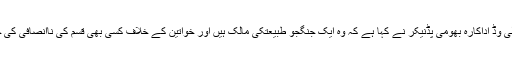
17 اپریل2018ء) بالی وڈ اداکارہ بھومی پڈنیکر نے کہا ہے کہ وہ ایک جنگجو طبیعتکی مالک ہیں اور خواتین کے خلاف کسی بھی قسم کی ناانصافی کی حمایت نہیں کریں گی۔